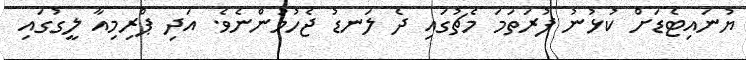
ޔުނައިޓެޑަށް ކުޅުނު ފުރަތަމަ މެޗުގައި ދެ ލަނޑު ޖެހުމުންނެވެ. އަދި ޕްރިމިއާ ލީގުގައި